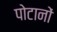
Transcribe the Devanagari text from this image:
पोटानों